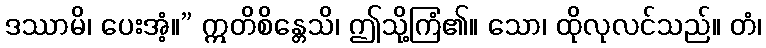
ဒဿာမိ၊ ပေးအံ့။” ဣတိစိန္တေသိ၊ ဤသို့ကြံ၏။ သော၊ ထိုလုလင်သည်။ တံ၊